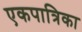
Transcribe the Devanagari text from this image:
एकपात्रिका